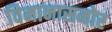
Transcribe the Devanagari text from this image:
विमानासमोर